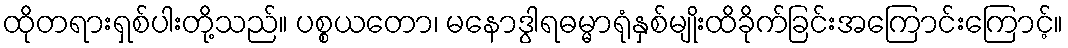
ထိုတရားရှစ်ပါးတို့သည်။ ပစ္စယတော၊ မနောဒွါရဓမ္မာရုံနှစ်မျိုးထိခိုက်ခြင်းအကြောင်းကြောင့်။